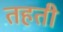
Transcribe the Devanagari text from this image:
तहती